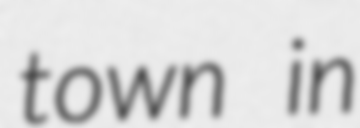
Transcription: town in